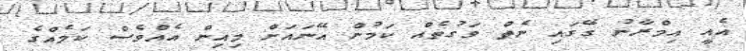
އެއީ އިމްރާނު ގޭގައި ނެތް ވަގުތެއް ކަމުން އޭނައަށް މިއިން އެއްވެސް ކަމެއްގެ